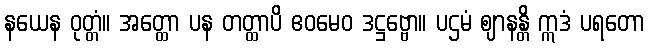
နယေန ဝုတ္တံ။ အတ္ထော ပန တတ္ထာပိ ဧဝမေဝ ဒဋ္ဌဗ္ဗော။ ပဌမံ ဈာနန္တိ ဣဒံ ပရတော